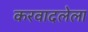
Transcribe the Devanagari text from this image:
करवादलेला